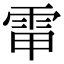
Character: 𩂘